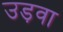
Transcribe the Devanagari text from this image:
उड़वा